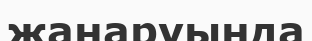
жаңаруында